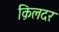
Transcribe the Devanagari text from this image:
क़िलदर